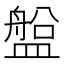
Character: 𥂟